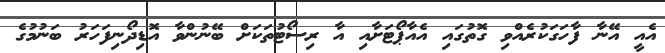
އެއީ އޭނާ ފާހަގަކުރެއްވި ގޮތުގައި އެއާޕޯޓަށާއި އާ ރިސޯޓުތަކަށް ބޭނުންވާ އޮޑިދޯނިފަހަރު ބަނުމުގެ